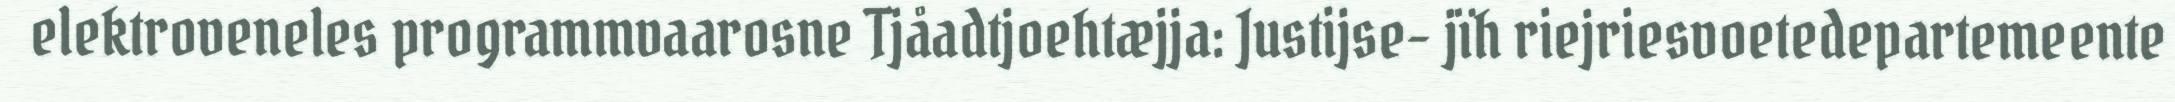
elektroveneles programmvaarosne Tjåadtjoehtæjja: Justijse- jïh riejriesvoetedepartemeente